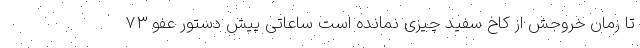
تا زمان خروجش از کاخ سفید چیزی نمانده است ساعاتی پیش دستور عفو ۷۳